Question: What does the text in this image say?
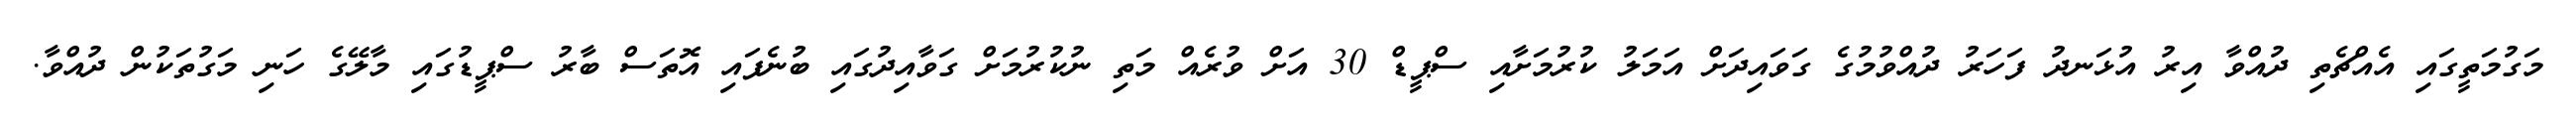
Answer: މަގުމަތީގައި އެއްޗެތި ދުއްވާ އިރު އުޅަނދު ފަހަރު ދުއްވުމުގެ ގަވައިދަށް އަމަލު ކުރުމަށާއި ސްޕީޑް 30 އަށް ވުރެއް މަތި ނުކުރުމަށް ގަވާއިދުގައި ބުނެފައި އޮތަސް ބާރު ސްޕީޑުގައި މާލޭގެ ހަނި މަގުތަކުން ދުއްވާ.